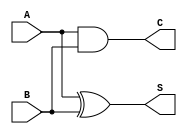
module current_mode_half_adder (
    input wire A,  // Input current source A
    input wire B,  // Input current source B
    output wire S, // Sum output
    output wire C  // Carry output
);

// Internal signals to represent the current levels
wire sum_current;
wire carry_current;

// Logic for Sum (S)
assign sum_current = A ^ B; // XOR operation for sum
assign S = sum_current;      // Direct assignment to sum output

// Logic for Carry (C)
assign carry_current = A & B; // AND operation for carry
assign C = carry_current;      // Direct assignment to carry output

endmodule